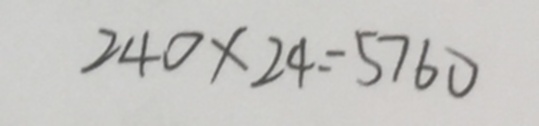
2 4 0 \times 2 4 = 5 7 6 0